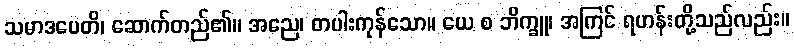
သမာဒပေတိ၊ ဆောက်တည်၏။ အညေ၊ တပါးကုန်သော။ ယေ စ ဘိက္ခူ၊ အကြင် ရဟန်းတို့သည်လည်း။